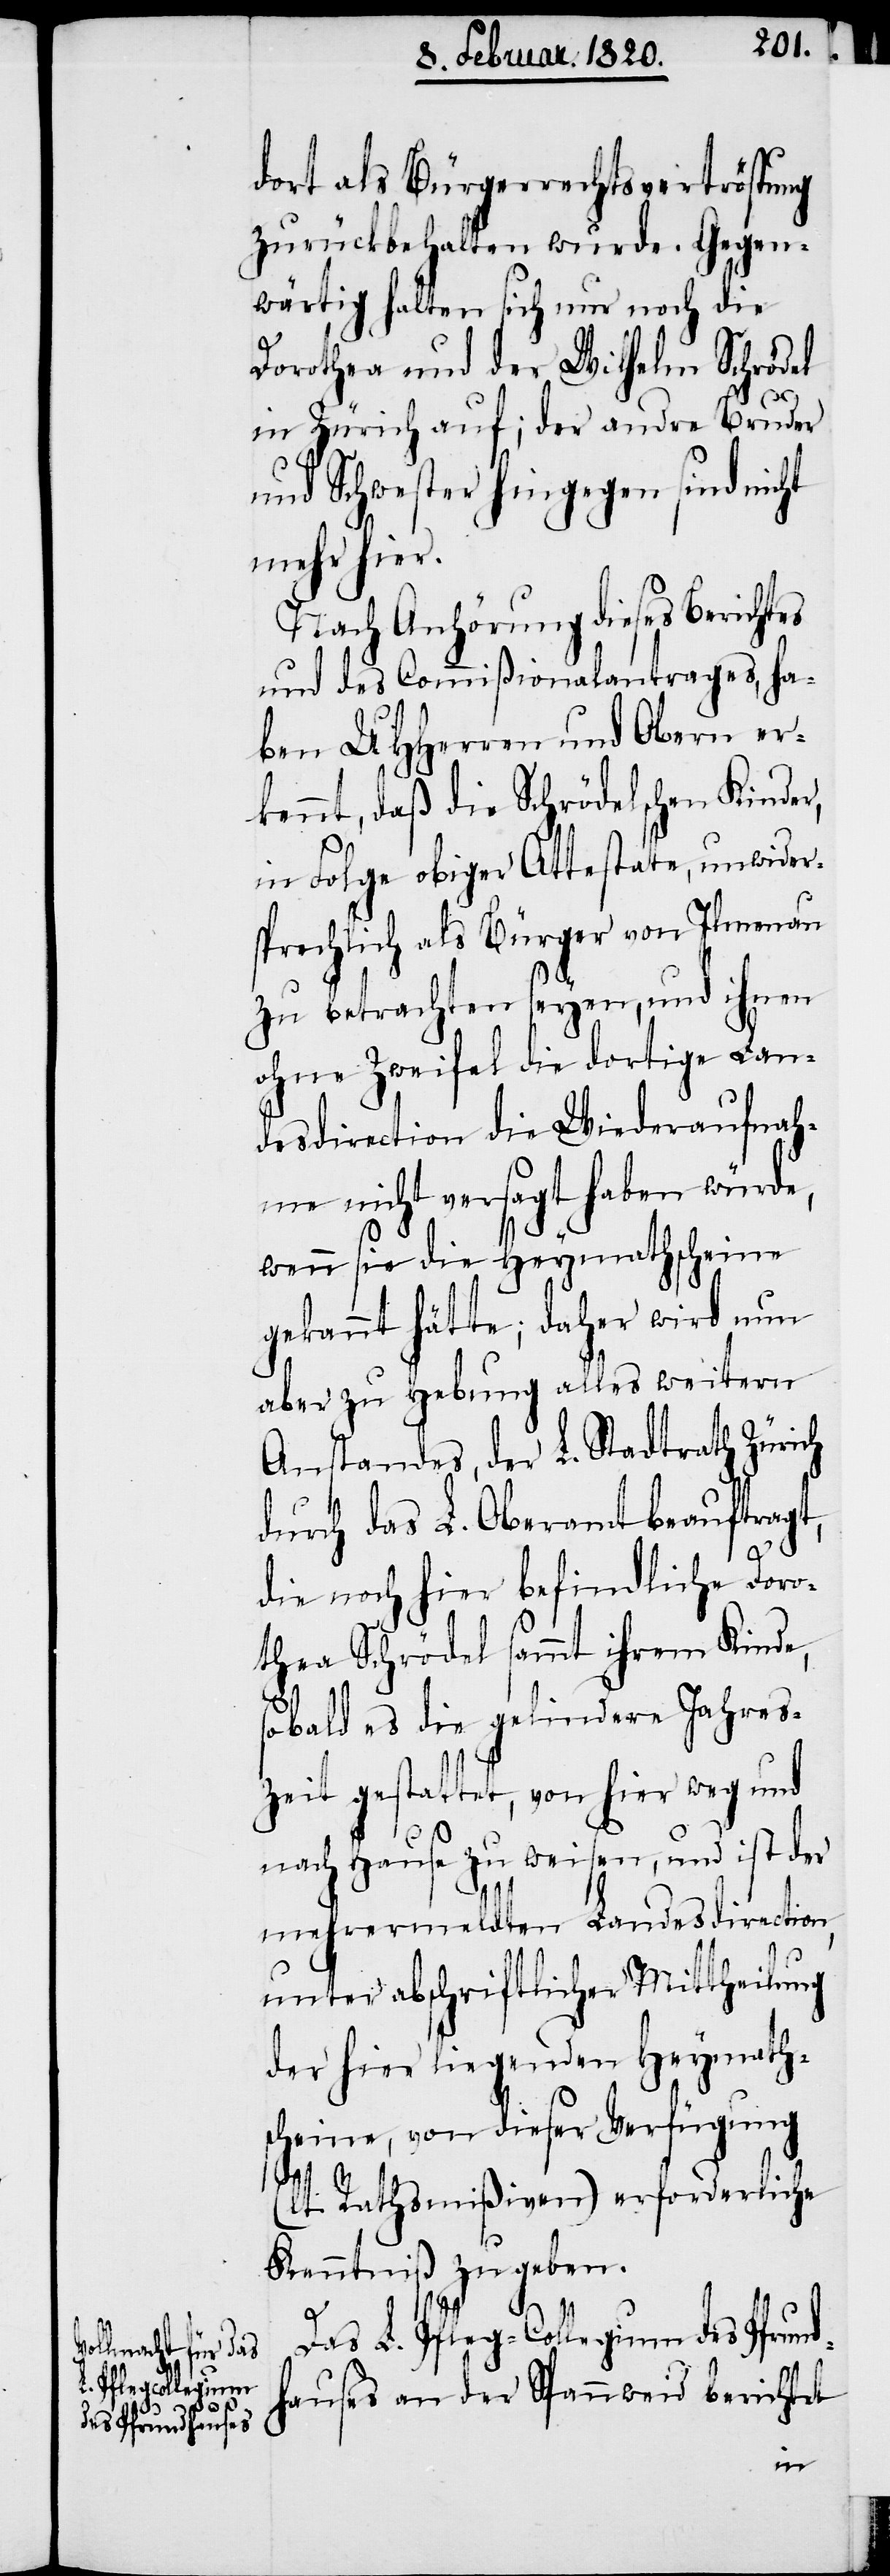
dort als Bürgerrechtsvertröstung
zurückbehalten wurde. Gegen¬
wärtig halten sich nur noch die
Dorothea und der Wilhelm Schrödel
in Zürich auf; der andre Bruder
und Schwester hingegen sind nicht
mehr hier.
Nach Anhörung dieses Berichtes
und des Commißionalantrages, ha¬
ben UHHerren und Obern er¬
kennt, daß die Schrödelschen Kinder,
in Folge obiger Attestate, unwider¬
sprechlich als Bürger von Ilmenau
zu betrachten seyen, und ihnen
ohne Zweifel die dortige Lan¬
desdirection die Wiederaufnah¬
me nicht versagt haben würde,
wenn sie die Heymathscheine
gekannt hätte; daher wird nun
aber zu Hebung alles weitern
Anstandes, der L. Stadtrath Zürich
durch das L. Oberamt beauftragt,
die noch hier befindliche Doro¬
thea Schrödel sammt ihrem Kinde,
sobald es die gelindere Jahres¬
zeit gestattet, von hier weg und
nach Hause zu weisen, und ist der
mehrermeldten Landesdirection,
unter abschriftlicher Mittheilung
der hier liegenden Heymath¬
scheine, von dieser Verfügung
(lt. Rathsmißiven) erforderliche
Kenntniß zu geben.
Das L. Pfleg-Collegium des Pfrund¬
hauses an der Spannweid berichtet